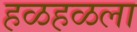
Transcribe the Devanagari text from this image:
हळहळला